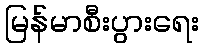
မြန်မာစီးပွားရေး